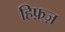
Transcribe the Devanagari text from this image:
हिफ़्ज़